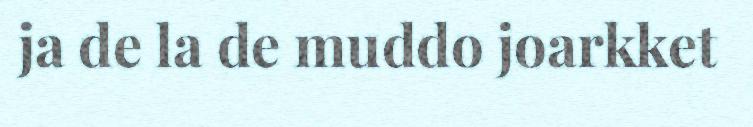
ja de la de muddo joarkket